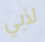
لأبي